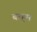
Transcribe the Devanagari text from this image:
बरहूम